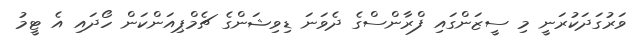
ވަރުގަދަކުރަނީ މި ސީޒަންގައި ފްރާންސްގެ ދެވަނަ ޑިވިޝަންގެ ޗެމްޕިއަންކަން ހޯދައި އެ ޓީމު